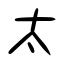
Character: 太